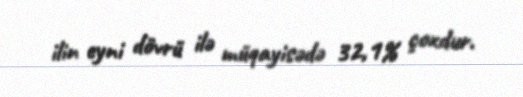
ilin eyni dövrü ilə müqayisədə 32,1% çoxdur.